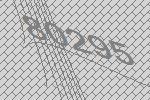
80295